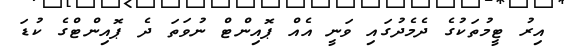
އިރު ޓީމުތަކުގެ ދެމެދުގައި ވަނީ އެއް ޕޮއިންޓް ނުވަތަ ދެ ޕޮއިންޓްގެ ކުޑަ